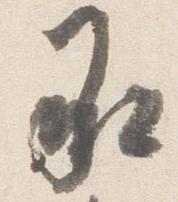
承